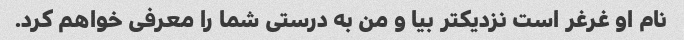
نام او غرغر است نزدیکتر بیا و من به درستی شما را معرفی خواهم کرد.